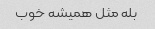
بله مثل همیشه خوب